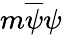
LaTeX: m{\overline{{\psi}}}\psi